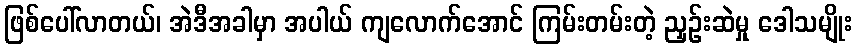
ဖြစ်ပေါ်လာတယ်၊ အဲဒီအခါမှာ အပါယ် ကျလောက်အောင် ကြမ်းတမ်းတဲ့ ညှဉ်းဆဲမှု ဒေါသမျိုး